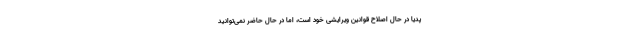
پدیا در حال اصلاح قوانین ویرایشی خود است، اما در حال حاضر نمی‌توانید